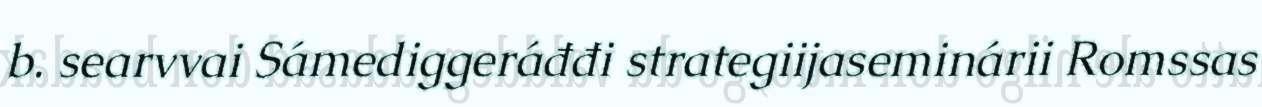
b. searvvai Sámediggeráđđi strategiijaseminárii Romssas